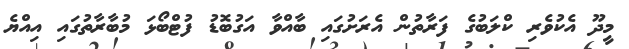
މީދޫ އެކުވެރި ކްލަބުގެ ފަރާތުން އެރަށުގައި ބާއްވާ އަގުބޮޑު ފުޓްބޯޅަ މުބާރާތުގައި އިއްޔެ